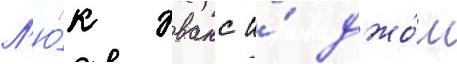
Л'ю́к эванс и́ джо́ш